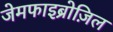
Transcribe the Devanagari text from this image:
जेमफाइब्रोज़िल